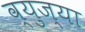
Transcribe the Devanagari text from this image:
व्युज्या